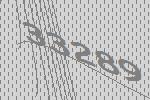
33289